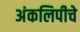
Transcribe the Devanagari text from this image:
अंकलिपीचे